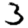
Digit: 3